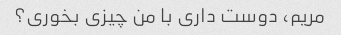
مریم، دوست داری با من چیزی بخوری؟